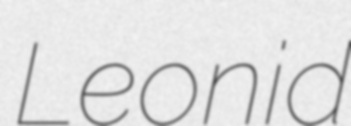
Leonid